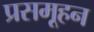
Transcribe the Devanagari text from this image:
प्रसमूहन